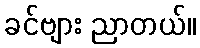
ခင်ဗျား ညာတယ်။